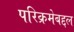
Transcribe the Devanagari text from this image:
परिक्रमेबद्दल